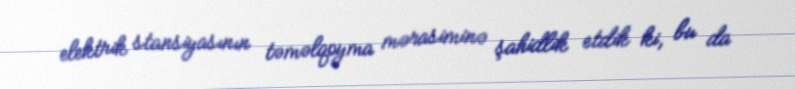
elektrik stansiyasının təməlqoyma mərasiminə şahidlik etdik ki, bu da